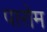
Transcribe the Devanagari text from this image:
पारोम